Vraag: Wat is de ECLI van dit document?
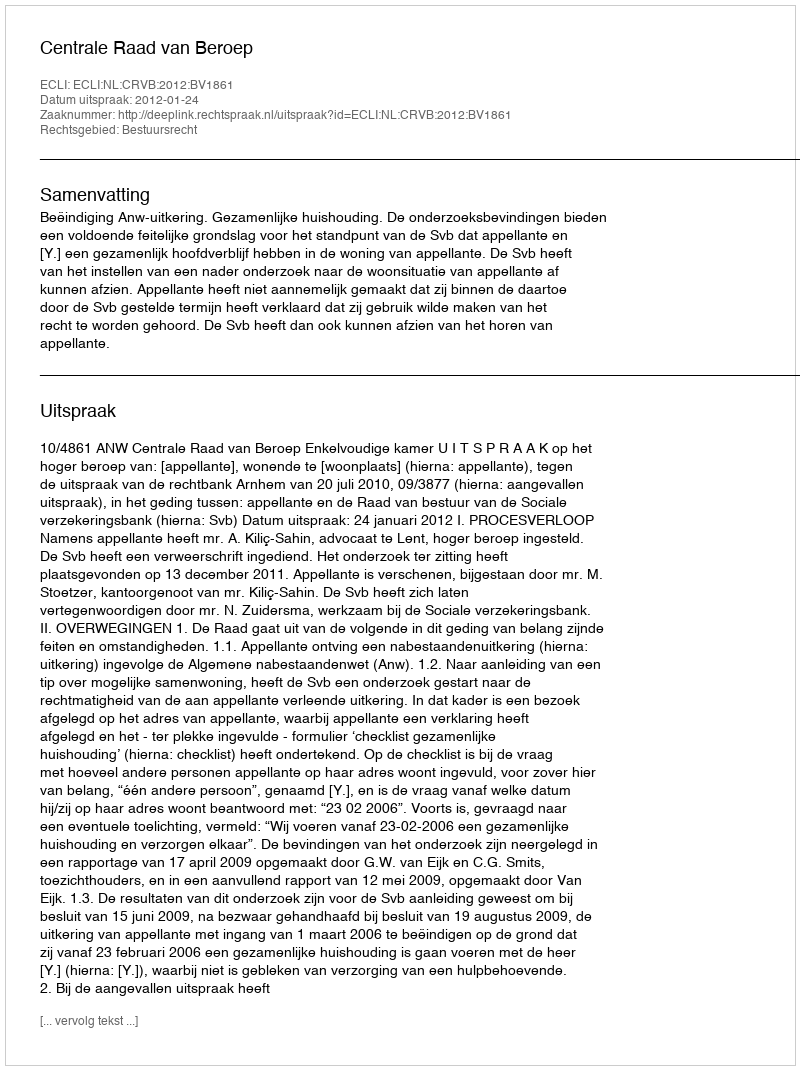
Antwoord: ECLI:NL:CRVB:2012:BV1861